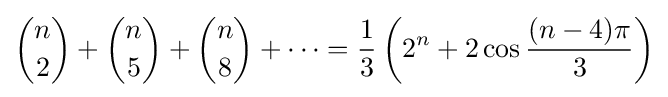
{\binom {n}{2}}+{\binom {n}{5}}+{\binom {n}{8}}+\cdots ={\frac {1}{3}}\left(2^{n}+2\cos {\frac {(n-4)\pi }{3}}\right)